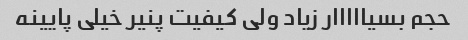
حجم بسیااااار زیاد ولی کیفیت پنیر خیلی پایینه